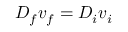
D _ { f } v _ { f } = D _ { i } v _ { i }